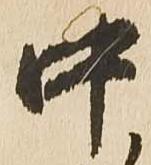
中